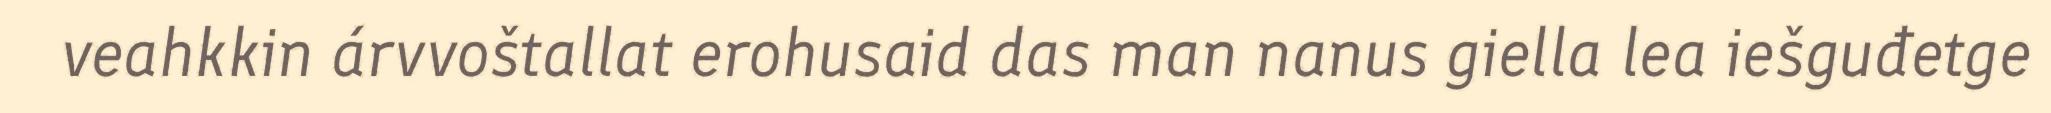
veahkkin árvvoštallat erohusaid das man nanus giella lea iešguđetge